Medical and sanitary report of the native army of Bengal for the year
Year: 1875
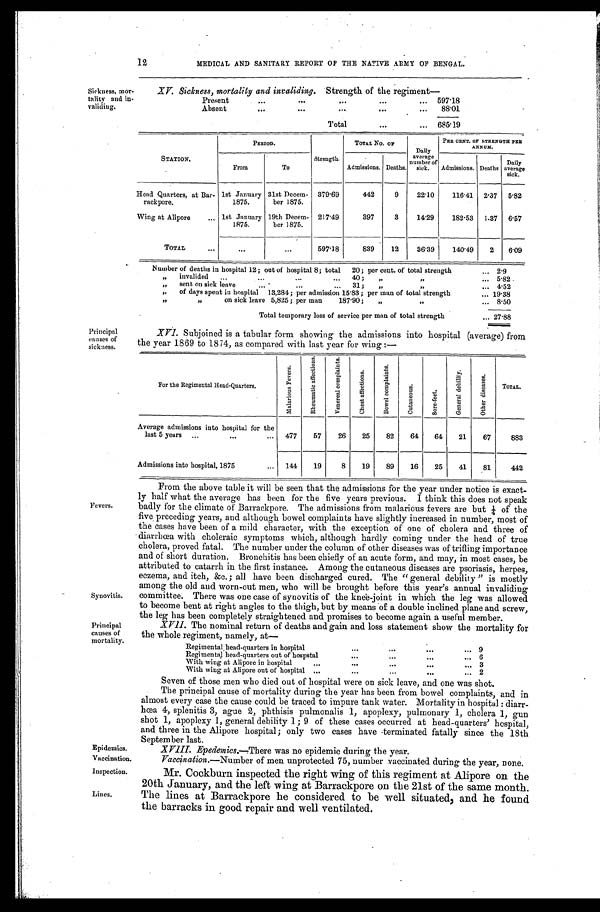
Synovitis.
Principal
causes of
mortality,
Vaccination.
inspection.
Lines.
12
MEDICAL AND SANITARY REPORT OF THE NATIVE ARMY OF BENGAL.
Sickness, mor
-tality and in-
validing,
XV. Sickness, mortality and invaliding. Strength of the regiment—
Present . . .
597.18
Absent . . .
8 8 . 0 1
Total . . .
685.19
Principal
causes of
sickness.
Fevers.
PERIOD.
Strength.
TOTAL No. OF
Daily
average
number of
sick.
PER CENT. OF STRENGTH PER
ANNUM.
STATION.
From
To
Admissions. Deaths.
Admissions. Deaths
Daily
average
sick.
Head Quarters, at Bar-
rackpore.
1st January
1875.
31st Decem-
ber 1875.
379.69
442
9
22.10
116.41 2.37 5.82
Wing at Alipore . . . 1st January
1875.
19th Decem-
ber 1875.
217.49
397
3
14.29
182.53 1.37 6.57
TOTAL . . .
. . .
. . .
597.18
839
12
36.39
140.49
2 6.09
Number of deaths in hospital 12; out of hospital 8; total 20; per cent. of total strength . . . 2.9
" invalided . . . 40; " " . . . 5.82.
" sent on sick leave . . . 31; " ". . . 4.52
" of days spent in hospital 13,284; per admission 15.83; per man of total strength . . . 19.38
" "
on sick leave 5,825; per man 187.90; " " . . . 8.50
Total temporary loss of service per man of total strength . . . 27.88
XVI. Subjoined is a tabular form showing the admissions into hospital (average) from
the year 1869 to 1874, as compared with last year for wing:—
For the Regimental Head-Quarters.
M a l a r i o u s F e v e r s .
R h e u m a t i c a f f e c t i o n s . V e n e r e a l
c o m p a l i n t s .
C h e s t a f f e c t i o n s .
B o w e l c o m p l a i n t s .
C u t a n e o u s .
S o r e - f e e t .
G e n e r a l d e b i l i l y .
O t h e r d i s e a s e s .
TOTAL.
Average admissions into hospital for the
last 5 years . . . 477
57
26
25
82
64
64
21
67
883
Admissions into hospital, 1875 . . . 144
19
8
19
89
16
25
41
81
442
From the above table it will be seen that the admissions for the year under notice is exact
-
ly half what the average has been for the five years previous. I think this does not speak
badly for the climate of Barrackpore. The admissions from malarious fevers are but ¼ of the
five preceding years, and although bowel complaints have slightly increased in number, most of
the cases have been of a mild character, with the exception of one of cholera and three of
diarrhœa with choleraic symptoms which, although hardly coming under the head of true
cholera, proved fatal. The number under the column of other diseases was of trifling importance
and of short duration. Bronchitis has been chiefly of an acute form, and may, in most cases, be
attributed to catarrh in the first instance. Among the cutaneous diseases are psoriasis, herpes,
eczema, and itch, &c.; all have been discharged cured. The "general debility" is mostly
among the old and worn-out men, who will be brought before this year's annual invaliding
committee. There was one case of synovitis of the knee-joint in which the leg was allowed
to become bent at right angles to the thigh, but by means of a double inclined plane and screw,
t h e l e g , h a s b e e n c o mp l e t e l y s t r a i g h t e n e d a n d p r o mi s e s t o b e c o me a g a i n a u s e f u l me mb e r .
XVII. The nominal return of deaths and gain and loss statement show the mortality for
the whole regiment, namely, at—
Regimental head-quarters in hospital . . . 9
Regimental head-quarters out of hospstal . . . 6
With wing at Alipore in hospital . . . 3
With wing at Alipore out of hospital . . . 2
Epidemics.
Seven of those men who died out of hospital were on sick leave, and one was shot.
The principal cause of mortality during the year has been from bowel complaints, and in
almost every case the cause could be traced to impure tank water. Mortality in hospital: diarr
-
hœa 4, splenitis 3, ague 2, phthisis pulmonalis 1, apoplexy, pulmonary 1, cholera 1, gun
shot 1, apoplexy 1, general debility 1; 9 of these cases occurred at head-quarters' hospital,
and three in the Alipore hospital; only two cases have terminated fatally since the 18th
September last.
XVIII. Epedemics.— There was no epidemic during the year.
Vaccination.— Number of men unprotected 75, number vaccinated during the year none.
Mr. Cockburn inspected the right wing of this regiment at Alipore on the
20th January, and the left wing at Barrackpore on the 21st of the same month,
The lines at Barrackpore he considered to be well situated, and he found
the barracks in good repair and well ventilated.